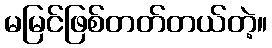
မမြင်ဖြစ်တတ်တယ်တဲ့။